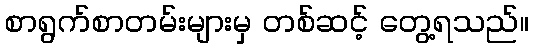
စာရွက်စာတမ်းများမှ တစ်ဆင့် တွေ့ရသည်။